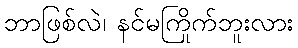
ဘာဖြစ်လဲ၊ နင်မကြိုက်ဘူးလား